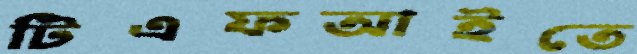
টিএফআইতে